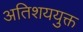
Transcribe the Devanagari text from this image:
अतिशययुक्त